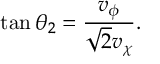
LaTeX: \tan \theta _ { 2 } = \frac { v _ { \phi } } { \sqrt { 2 } v _ { \chi } } .